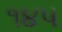
૧૪૫